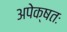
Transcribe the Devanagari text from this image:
अपेक्षतः